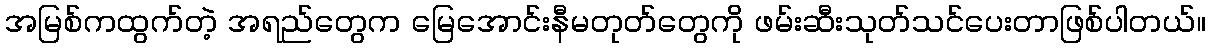
အမြစ်ကထွက်တဲ့ အရည်တွေက မြေအောင်းနီမတုတ်တွေကို ဖမ်းဆီးသုတ်သင်ပေးတာဖြစ်ပါတယ်။